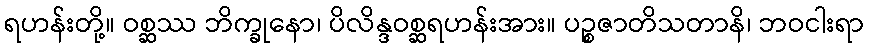
ရဟန်းတို့။ ဝစ္ဆဿ ဘိက္ခုနော၊ ပိလိန္ဒဝစ္ဆရဟန်းအား။ ပဉ္စဇာတိသတာနိ၊ ဘဝငါးရာ